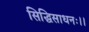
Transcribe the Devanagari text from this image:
सिद्धिसाधनः।।